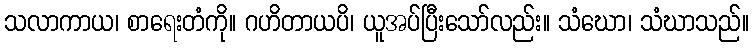
သလာကာယ၊ စာရေးတံကို။ ဂဟိတာယပိ၊ ယူအပ်ပြီးသော်လည်း။ သံဃော၊ သံဃာသည်။